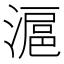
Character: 滬